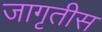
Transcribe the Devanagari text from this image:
जागृतीस